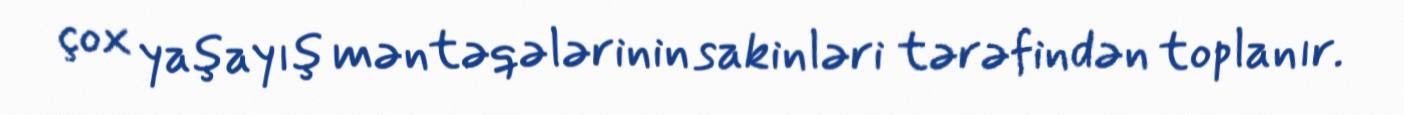
çox yaşayış məntəqələrinin sakinləri tərəfindən toplanır.